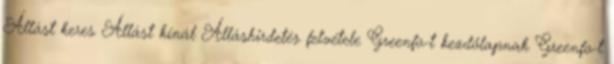
Állást keres Állást kínál Álláshirdetés felvétele Greenfo-t kezdőlapnak Greenfo-t